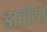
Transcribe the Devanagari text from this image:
डाबोया